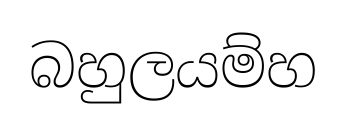
බහුලයම්හ